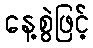
နေ့စွဲဖြင့်